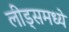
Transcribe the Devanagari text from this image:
लीड्समध्ये